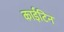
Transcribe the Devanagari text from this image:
काईटिन